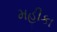
મહીકા